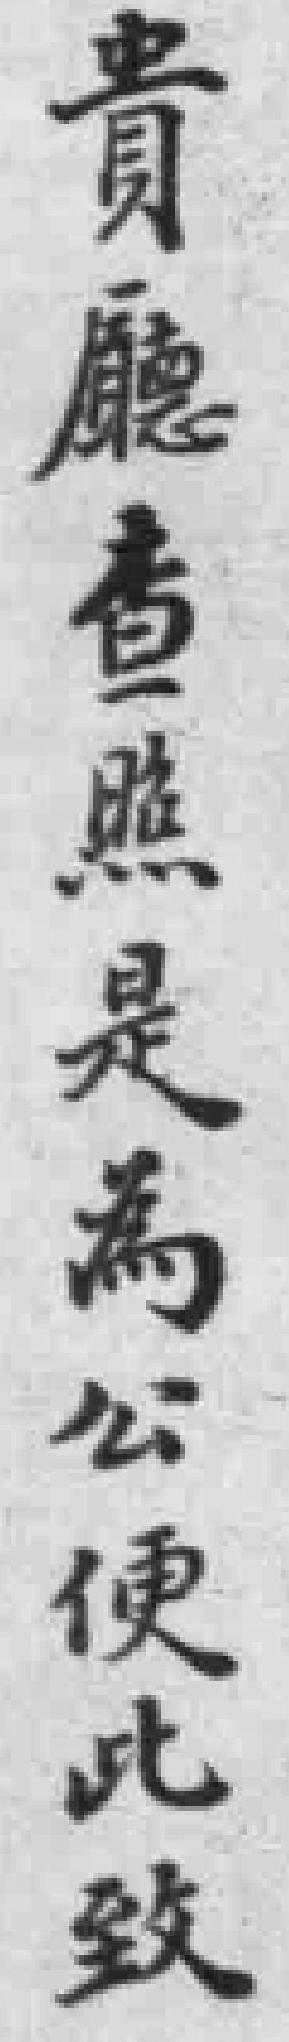
貴廳查照是為公便此致